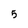
Character: 5